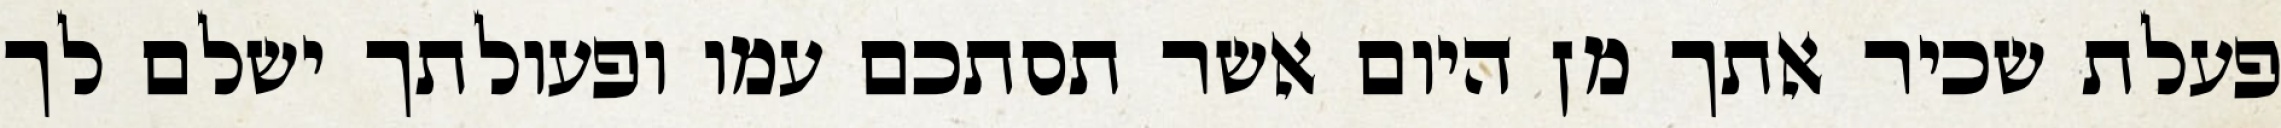
פעלת שכיר אתך מן היום אשר תסתכם עמו ופעולתך ישלם לך